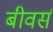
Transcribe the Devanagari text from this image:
बीवर्स